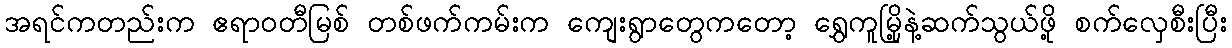
အရင်ကတည်းက ဧရာဝတီမြစ် တစ်ဖက်ကမ်းက ကျေးရွာတွေကတော့ ရွှေကူမြို့နဲ့ဆက်သွယ်ဖို့ စက်လှေစီးပြီး